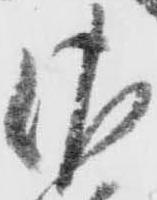
佐